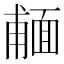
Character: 𩈨